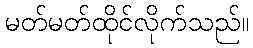
မတ်မတ်ထိုင်လိုက်သည်။